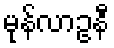
မုန်လာဥနီ